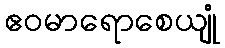
ဧဝမာရောစေယျုံ